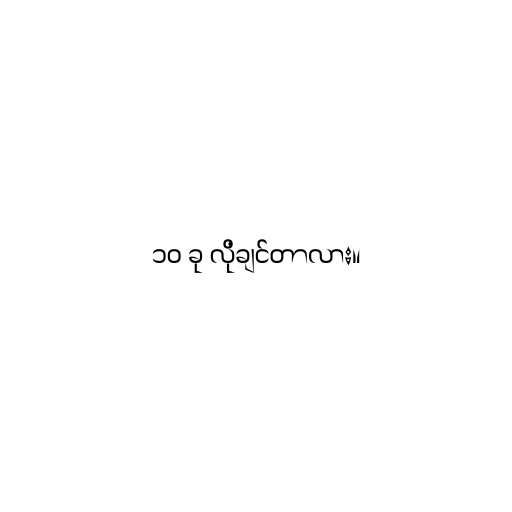
၁၀ ခု လိုချင်တာလား။